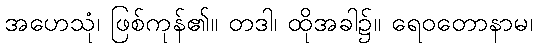
အဟေသုံ၊ ဖြစ်ကုန်၏။ တဒါ၊ ထိုအခါ၌။ ရေဝတောနာမ၊